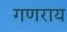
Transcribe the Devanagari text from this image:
गणराय